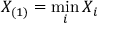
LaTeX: X _ { ( 1 ) } = \operatorname* { m i n } _ { i } X _ { i }